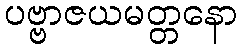
ပဗ္ဗာဇယမတ္တနော